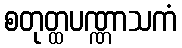
စတုတ္ထပဏ္ဏာသကံ